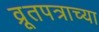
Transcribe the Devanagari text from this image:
व्रूतपत्राच्या